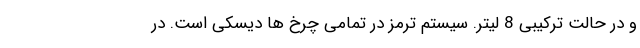
و در حالت ترکیبی 8 لیتر. سیستم ترمز در تمامی چرخ ها دیسکی است. در